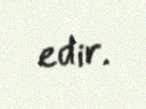
edir.